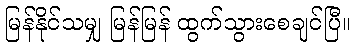
မြန်နိုင်သမျှ မြန်မြန် ထွက်သွားစေချင်ပြီ။